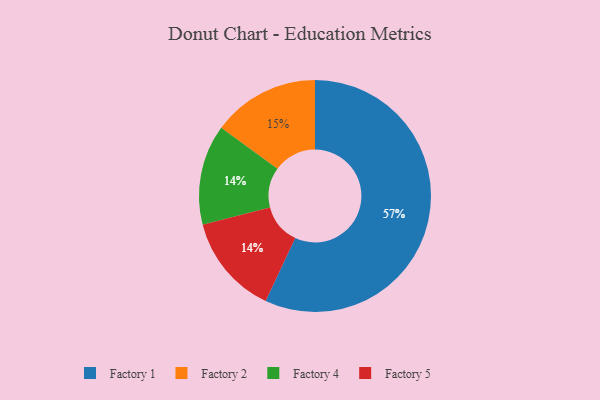
{"axis": {"x": "Category", "y": "Percentage"}, "legend": ["Factory 1", "Factory 2", "Factory 4", "Factory 5"], "data": [{"x": "Factory 4", "y": 14, "type": "Factory 4"}, {"x": "Factory 5", "y": 14, "type": "Factory 5"}, {"x": "Factory 2", "y": 15, "type": "Factory 2"}, {"x": "Factory 1", "y": 57, "type": "Factory 1"}]}